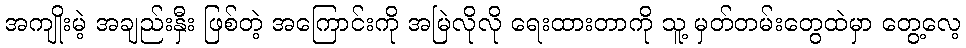
အကျိုးမဲ့ အချည်းနှီး ဖြစ်တဲ့ အကြောင်းကို အမြဲလိုလို ရေးထားတာကို သူ့ မှတ်တမ်းတွေထဲမှာ တွေ့လေ့